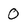
Character: 0